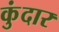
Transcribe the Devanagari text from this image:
कुंदार